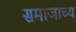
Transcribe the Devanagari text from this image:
समाजाच्य